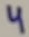
Text: 4